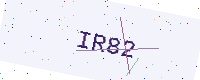
Text: IR82